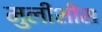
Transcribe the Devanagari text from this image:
मुलीशीस